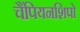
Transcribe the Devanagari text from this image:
चैंपियनशिपो